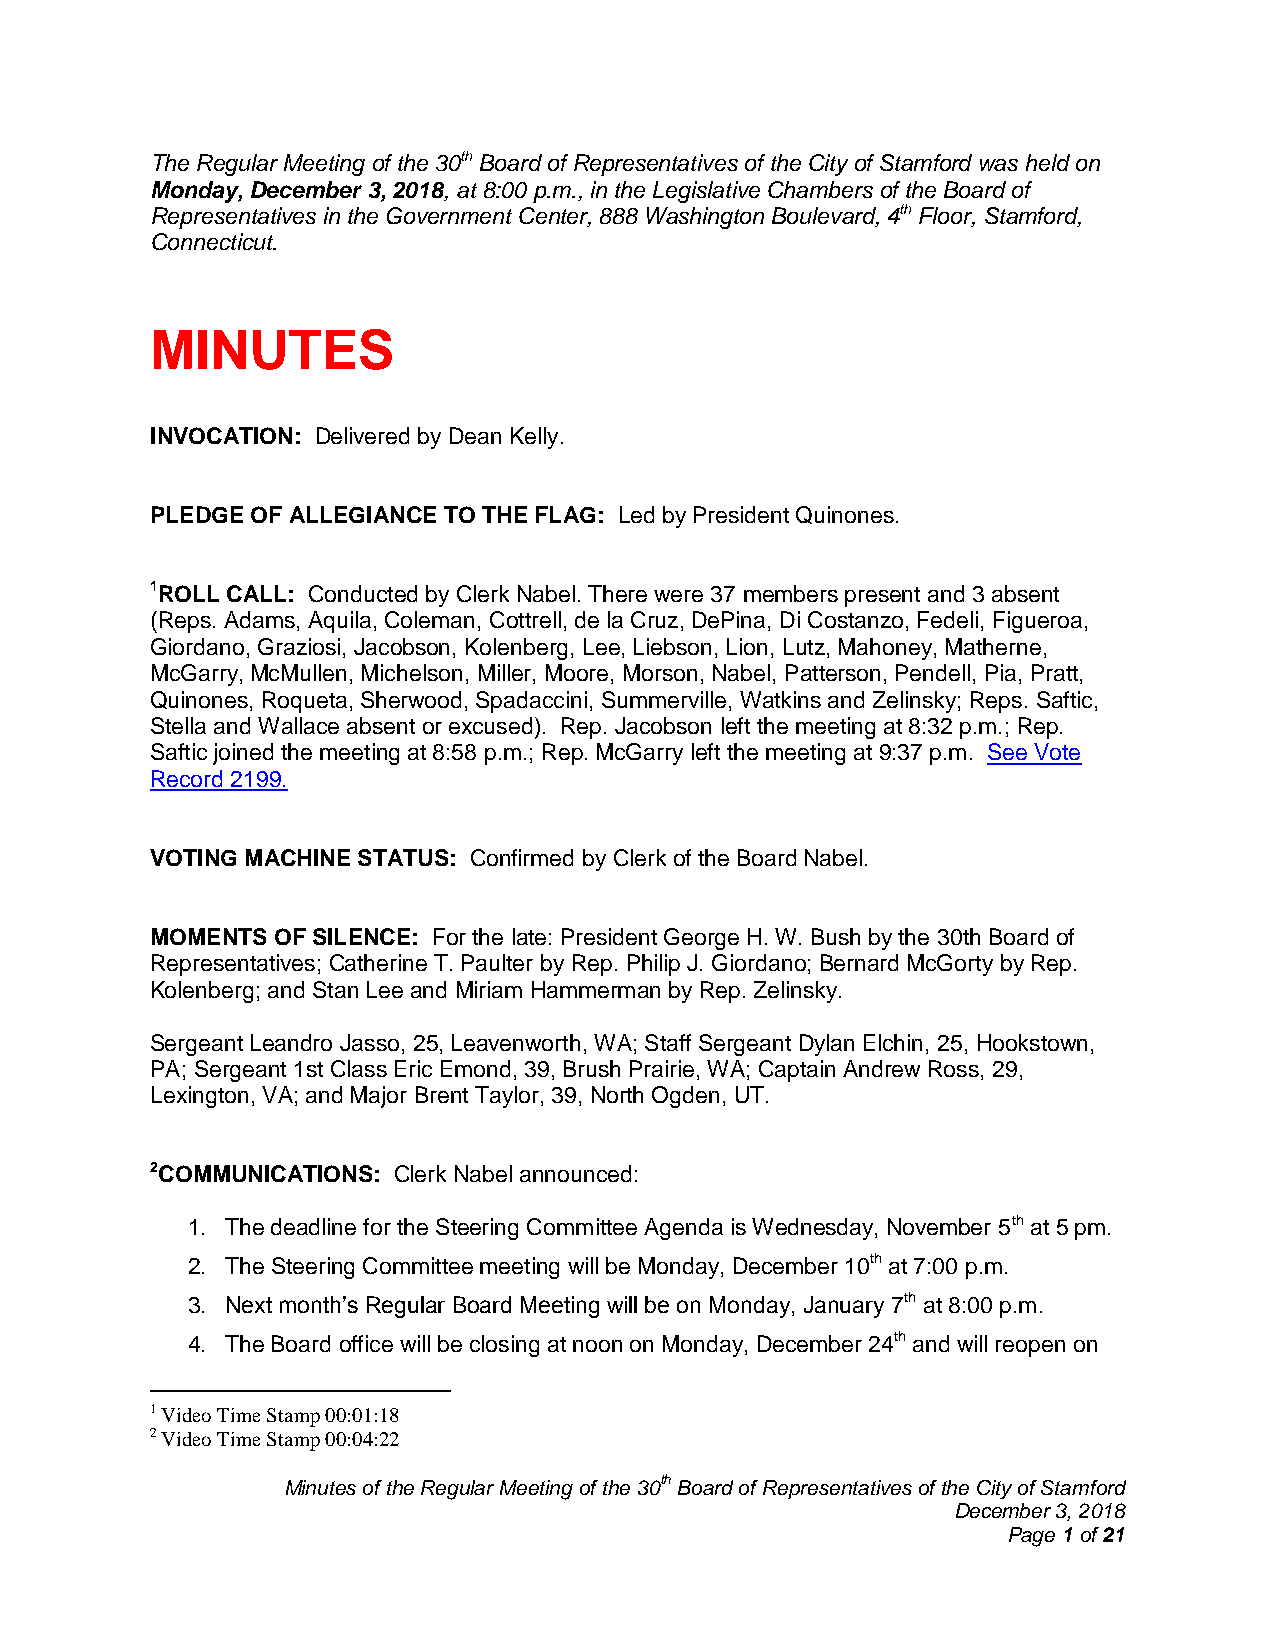
The Regular Meeting of the 30th Board of Representatives of the City of Stamford was held on
 Monday, December 3, 2018, at 8:00 p.m., in the Legislative Chambers of the Board of
 Representatives in the Government Center, 888 Washington Boulevard, 4th Floor, Stamford,
 Connecticut.
 MINUTES
 INVOCATION: Delivered by Dean Kelly.
 PLEDGE OF ALLEGIANCE TO THE FLAG: Led by President Quinones.
 1ROLL CALL: Conducted by Clerk Nabel. There were 37 members present and 3 absent
 (Reps. Adams, Aquila, Coleman, Cottrell, de la Cruz, DePina, Di Costanzo, Fedeli, Figueroa,
 Giordano, Graziosi, Jacobson, Kolenberg, Lee, Liebson, Lion, Lutz, Mahoney, Matherne,
 McGarry, McMullen, Michelson, Miller, Moore, Morson, Nabel, Patterson, Pendell, Pia, Pratt,
 Quinones, Roqueta, Sherwood, Spadaccini, Summerville, Watkins and Zelinsky; Reps. Saftic,
 Stella and Wallace absent or excused). Rep. Jacobson left the meeting at 8:32 p.m.; Rep.
 Saftic joined the meeting at 8:58 p.m.; Rep. McGarry left the meeting at 9:37 p.m. See Vote
 Record 2199.
 VOTING MACHINE STATUS: Confirmed by Clerk of the Board Nabel.
 MOMENTS OF SILENCE: For the late: President George H. W. Bush by the 30th Board of
 Representatives; Catherine T. Paulter by Rep. Philip J. Giordano; Bernard McGorty by Rep.
 Kolenberg; and Stan Lee and Miriam Hammerman by Rep. Zelinsky.
 Sergeant Leandro Jasso, 25, Leavenworth, WA; Staff Sergeant Dylan Elchin, 25, Hookstown,
 PA; Sergeant 1st Class Eric Emond, 39, Brush Prairie, WA; Captain Andrew Ross, 29,
 Lexington, VA; and Major Brent Taylor, 39, North Ogden, UT.
 2COMMUNICATIONS: Clerk Nabel announced:
 1. The deadline for the Steering Committee Agenda is Wednesday, November 5th at 5 pm.
 2. The Steering Committee meeting will be Monday, December 10th at 7:00 p.m.
 3. Next month’s Regular Board Meeting will be on Monday, January 7th at 8:00 p.m.
 4. The Board office will be closing at noon on Monday, December 24th and will reopen on
 1 Video Time Stamp 00:01:18
 2 Video Time Stamp 00:04:22
 Minutes of the Regular Meeting of the 30th Board of Representatives of the City of Stamford
 December 3, 2018
 Page 1 of 21